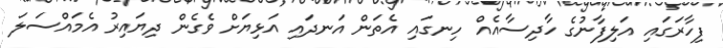
ފިހާރަގައި އަލިފާނުގެ ހާދިސާއެއް ހިނގައި އެތަން އަނދައި އަޅިޔަށް ވެގެން ދިޔައިރު އެމައްސަލަ